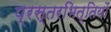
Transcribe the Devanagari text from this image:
प्रस्तरभित्तियों